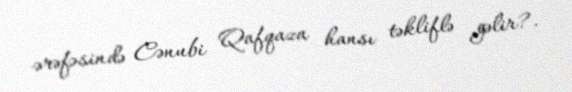
ərəfəsində Cənubi Qafqaza hansı təkliflə gəlir?.